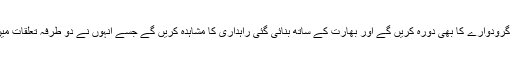
انتونیو گوئتریش کرتار پور گرودوارے کا بھی دورہ کریں گے اور بھارت کے ساتھ بنائی گئی راہداری کا مشاہدہ کریں گے جسے انہوں نے دو طرفہ تعلقات میں انوکھا تجربہ قرار دیا تھا۔